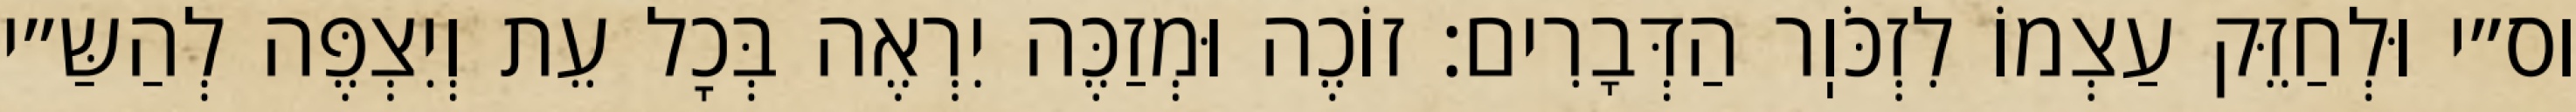
וס״י וּלְחַזֵּק עַצְמוֹ לִזְכֹּוֽר הַדְּבָרִים: זוֹכֶה וּמְזַכֶּה יִרְאֶה בְּכׇל עֵת וְיִצְפֶּה לְהַשַּ״י